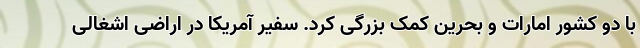
با دو کشور امارات و بحرین کمک بزرگی کرد. سفیر آمریکا در اراضی اشغالی